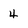
Character: 4